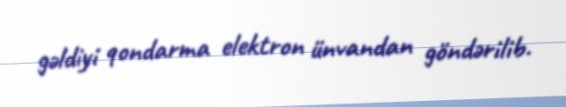
gəldiyi qondarma elektron ünvandan göndərilib.